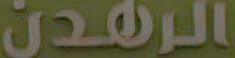
الرهدن